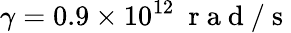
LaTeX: \gamma=0.9\times 10^{12}~\mathrm{~r~a~d~/~s~}